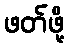
ဖတ်ဖို့